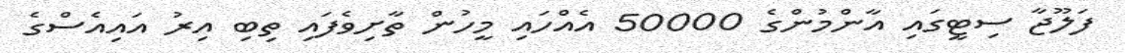
ފަލޫޖާ ސިޓީގައި އާންމުންގެ 50000 އެއްހައި މީހުން ތާށިވެފައި ތިބި އިރު އައިއެސްގެ